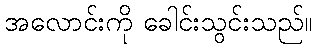
အလောင်းကို ခေါင်းသွင်းသည်။